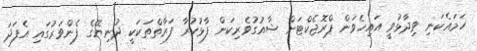
ހަމައެކަނި ވިދާޅުވީ އައިހެވަން ޕްރޮޖެކްޓަށް ޝާއުގުވެރިކަން ފާޅުކުރާ ފަރާތްތަކަކީ ދުނިޔޭގެ ފެންވަރުގައި އެފަދަ